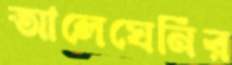
আলেঘেনির